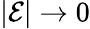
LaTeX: |\mathcal{E}|\to 0